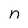
Character: n